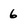
Character: 6